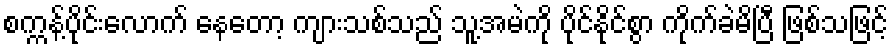
စက္ကန့်ပိုင်းလောက် နေတော့ ကျားသစ်သည် သူ့အမဲကို ပိုင်နိုင်စွာ ကိုက်ခဲမိပြီ ဖြစ်သဖြင့်